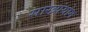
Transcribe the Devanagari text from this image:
साख्यंयोग